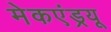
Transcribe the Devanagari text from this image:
मेकएंड्रयू